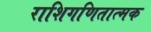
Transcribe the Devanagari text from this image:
राशिगणितात्मक